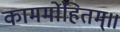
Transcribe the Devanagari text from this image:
काममोहितम्॥